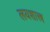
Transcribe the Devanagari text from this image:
लयशास्त्र